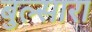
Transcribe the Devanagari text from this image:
बुल्सारा